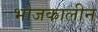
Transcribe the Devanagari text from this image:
भोजकालीन